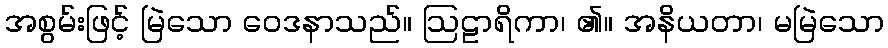
အစွမ်းဖြင့် မြဲသော ဝေဒနာသည်။ ဩဠာရိကာ၊ ၏။ အနိယတာ၊ မမြဲသော